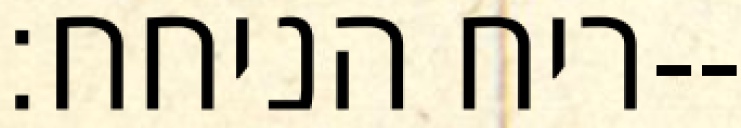
ריח הניחח׃--